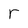
Character: r